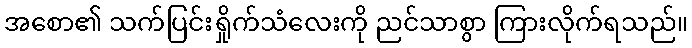
အစော၏ သက်ပြင်းရှိုက်သံလေးကို ညင်သာစွာ ကြားလိုက်ရသည်။